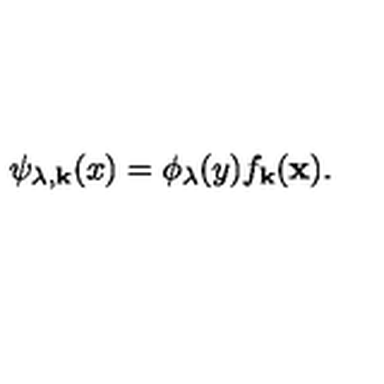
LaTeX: \psi _ { \lambda , { \bf k } } ( x ) = \phi _ { \lambda } ( y ) f _ { \bf k } ( { \bf x } ) .